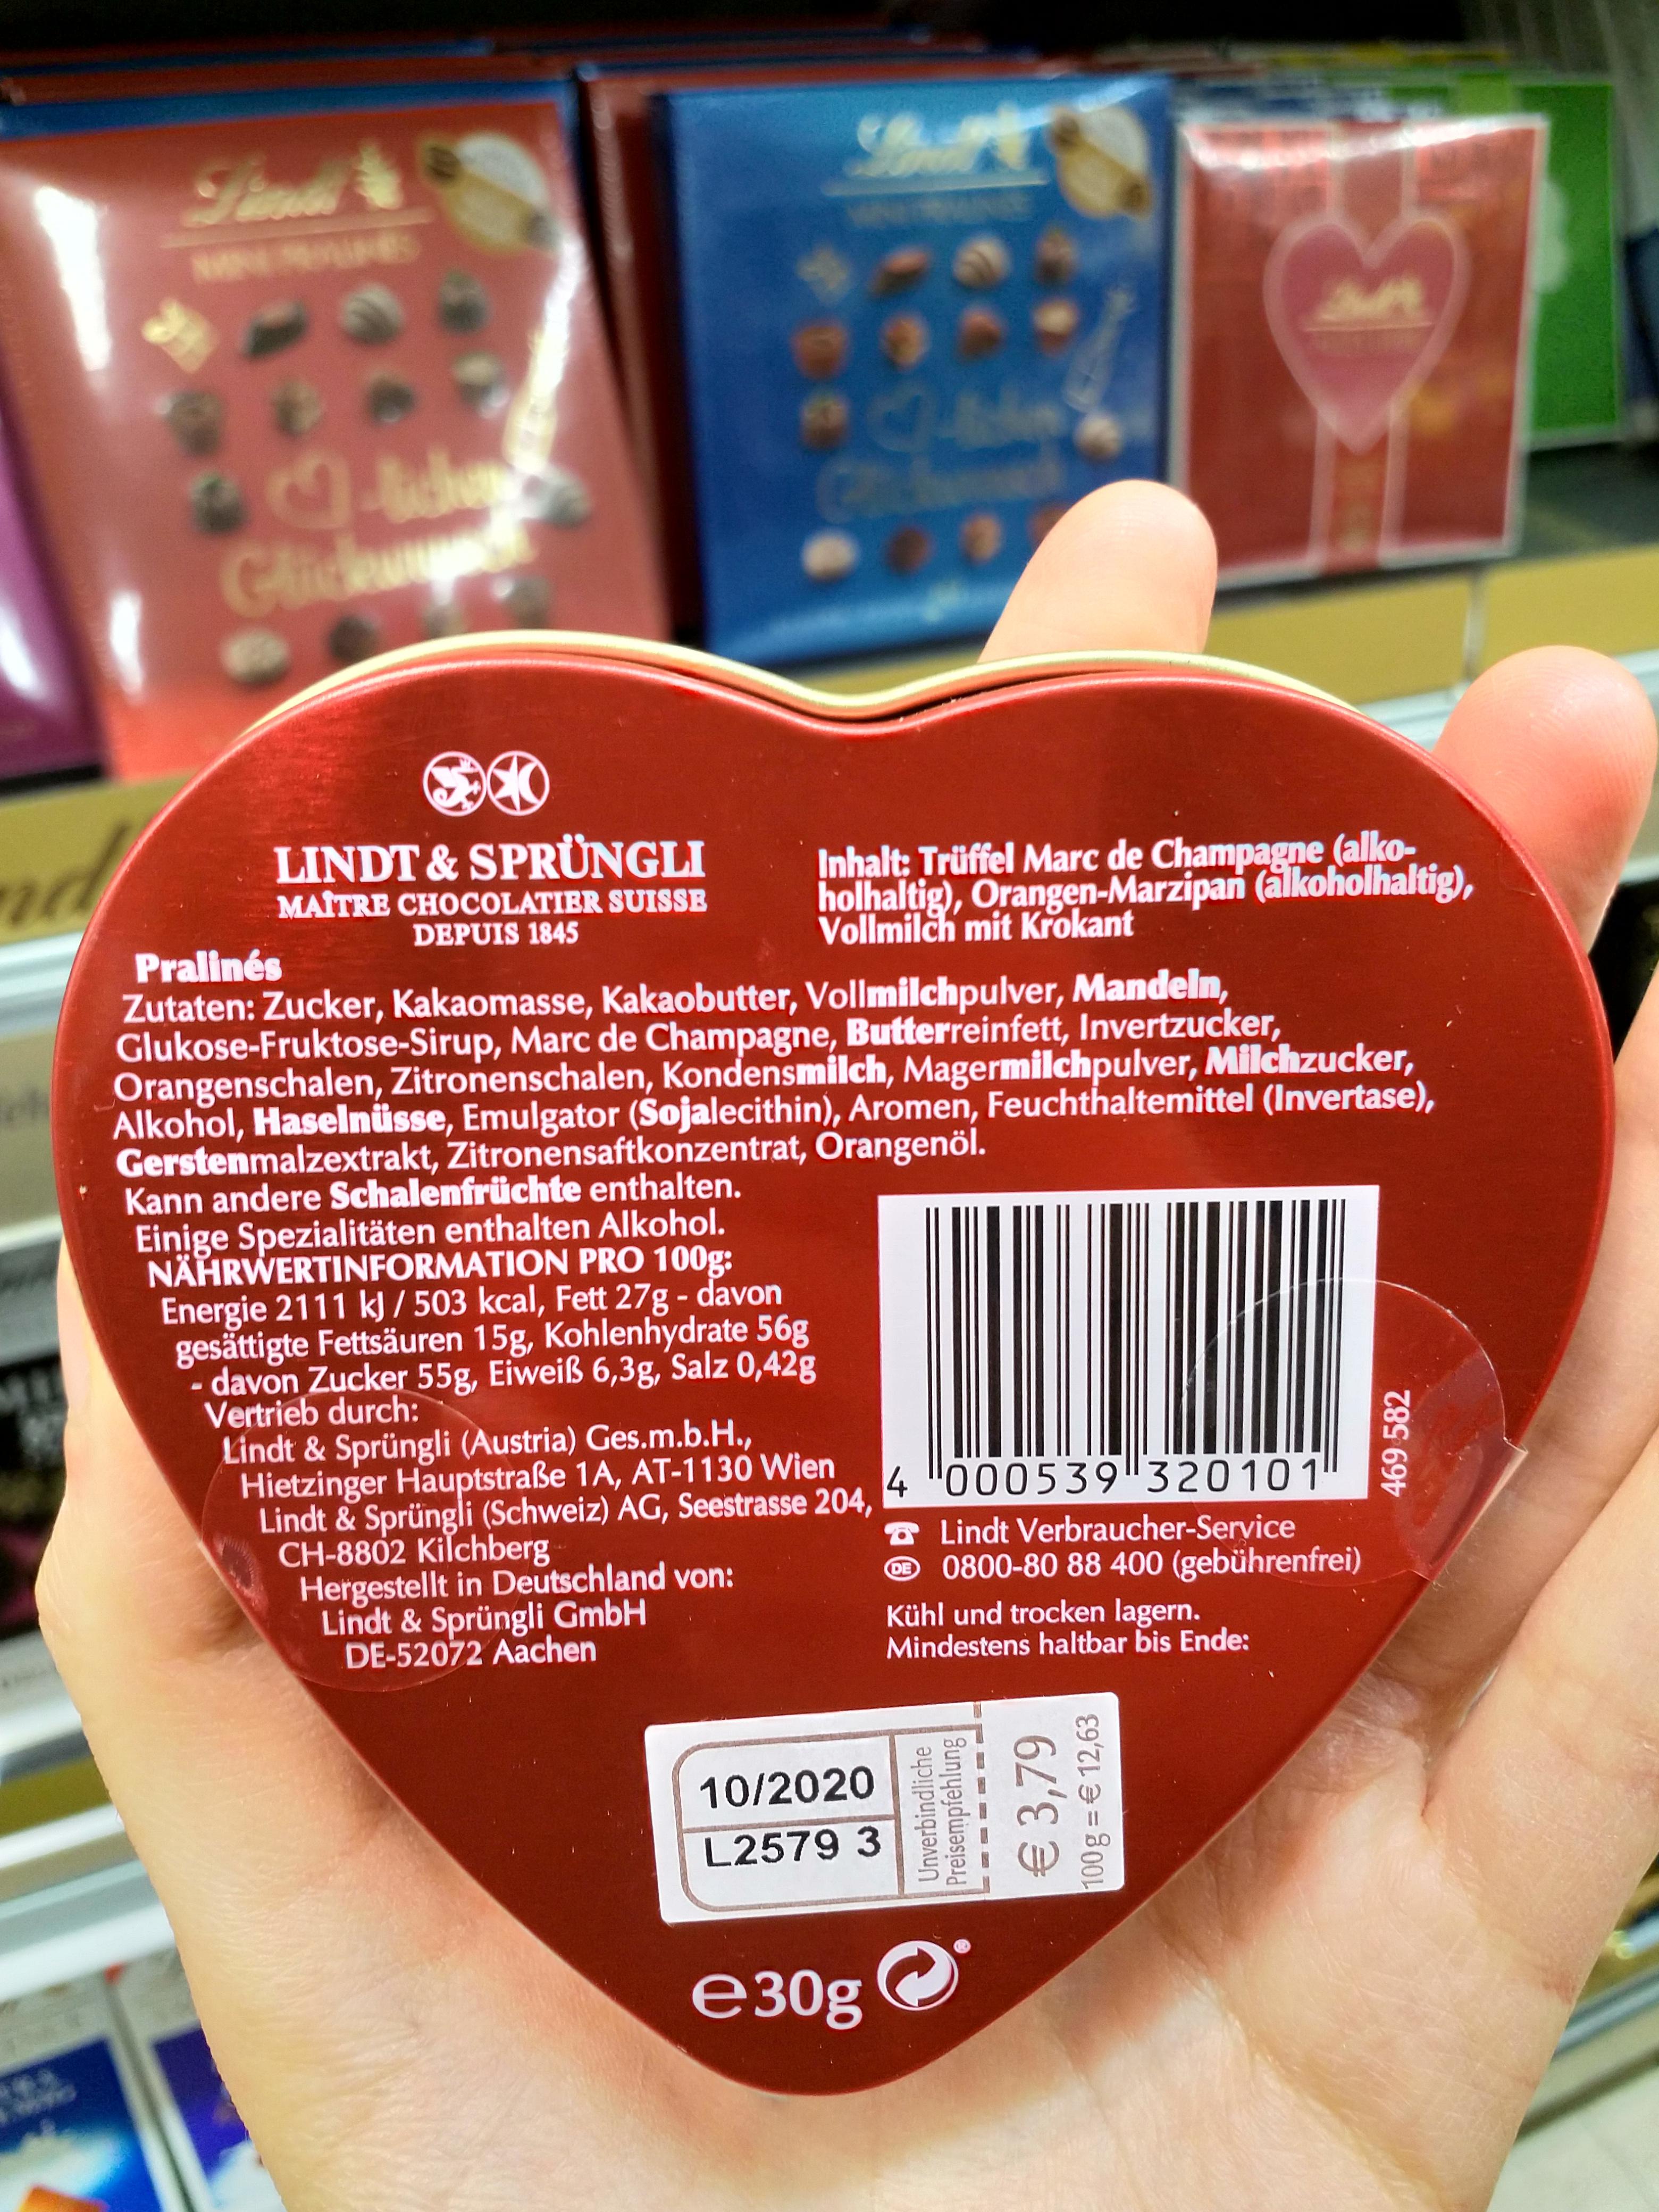
Glidag nd LINDT & SPRÜNGLI MAITRE CHOCOLATIER SUISSE Inhalt: Trüffel Marc de Champagne (alko- holhaltig), Orangen-Marzipan (alkoholhaltig), Vollmilch mit Krokant DEPUIS 1845 Pralinés Zutaten: Zucker, Kakaomasse, Kakaobutter, Vollmilchpulver, Mandeln Glukose-Fruktose-Sirup, Marc de Champagne, Butterreinfett, Invertzucker, Orangenschalen, Zitronenschalen, Kondensmilch, Magermilchpulver, Milchzucker, Alkohol, Haselnüsse, Emulgator (Sojalecithin), Aromen, Feuchthaltemittel (Invertase), Gerstenmalzextrakt, Zitronensaftkonzentrat, Orangenöl. Kann andere Schalenfrüchte enthalten. Einige Spezialitäten enthalten Alkohol. NÄHRWERTINFORMATION PRO 100g: Energie 2111 kJ / 503 kcal, Fett 27g - davon gesättigte Fettsäuren 15g, Kohlenhydrate 56g davon Zucker 55g, Eiweiß 6,3g, Salz 0,42g Vertrieb durch: Lindt & Sprüngli (Austria) Ges.m.b.H., Hietzinger Hauptstraße 1A, AT-1130 Wien Lindt & Sprüngli (Schweiz) AG, Seestrasse 204, 4 "000539"320101 a Lindt Verbraucher-Service O0800-80 88 400 (gebührenfrei) CH-8802 Kilchberg Hergestellt in Deutschland von: Lindt & Sprüngli GmbH DE-52072 Aachen Kühl und trocken lagern. Mindestens haltbar bis Ende: 10/2020 L2579 3 ез0g Unverbindliche Preisempfehlung € 3,79 100g =€ 12,63 469 582